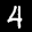
Label: 4